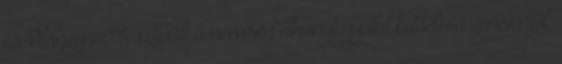
és Világzenei Fesztivált a nemrég elhunyt gyulai kötődésű zenészről,